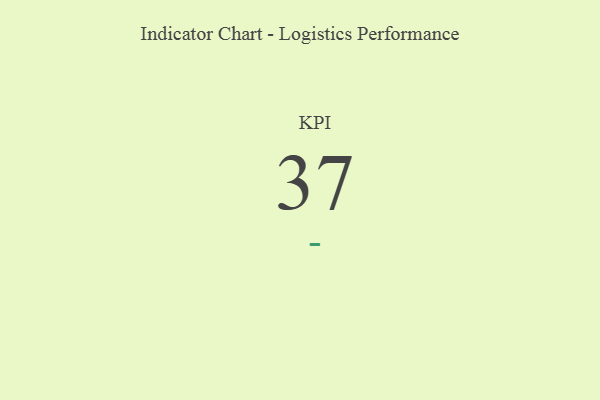
{"axis": {"x": "KPI", "y": "Value"}, "legend": [""], "data": [{"x": "KPI", "y": 37, "type": ""}]}